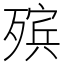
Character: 殡